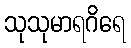
သုသုမာရဂိရေ